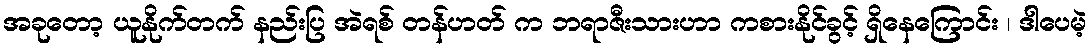
အခုတော့ ယူနိုက်တက် နည်းပြ အဲရစ် တန်ဟတ် က ဘရာဇီးသားဟာ ကစားနိုင်ခွင့် ရှိနေကြောင်း ၊ ဒါပေမဲ့